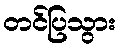
တင်ပြသွား